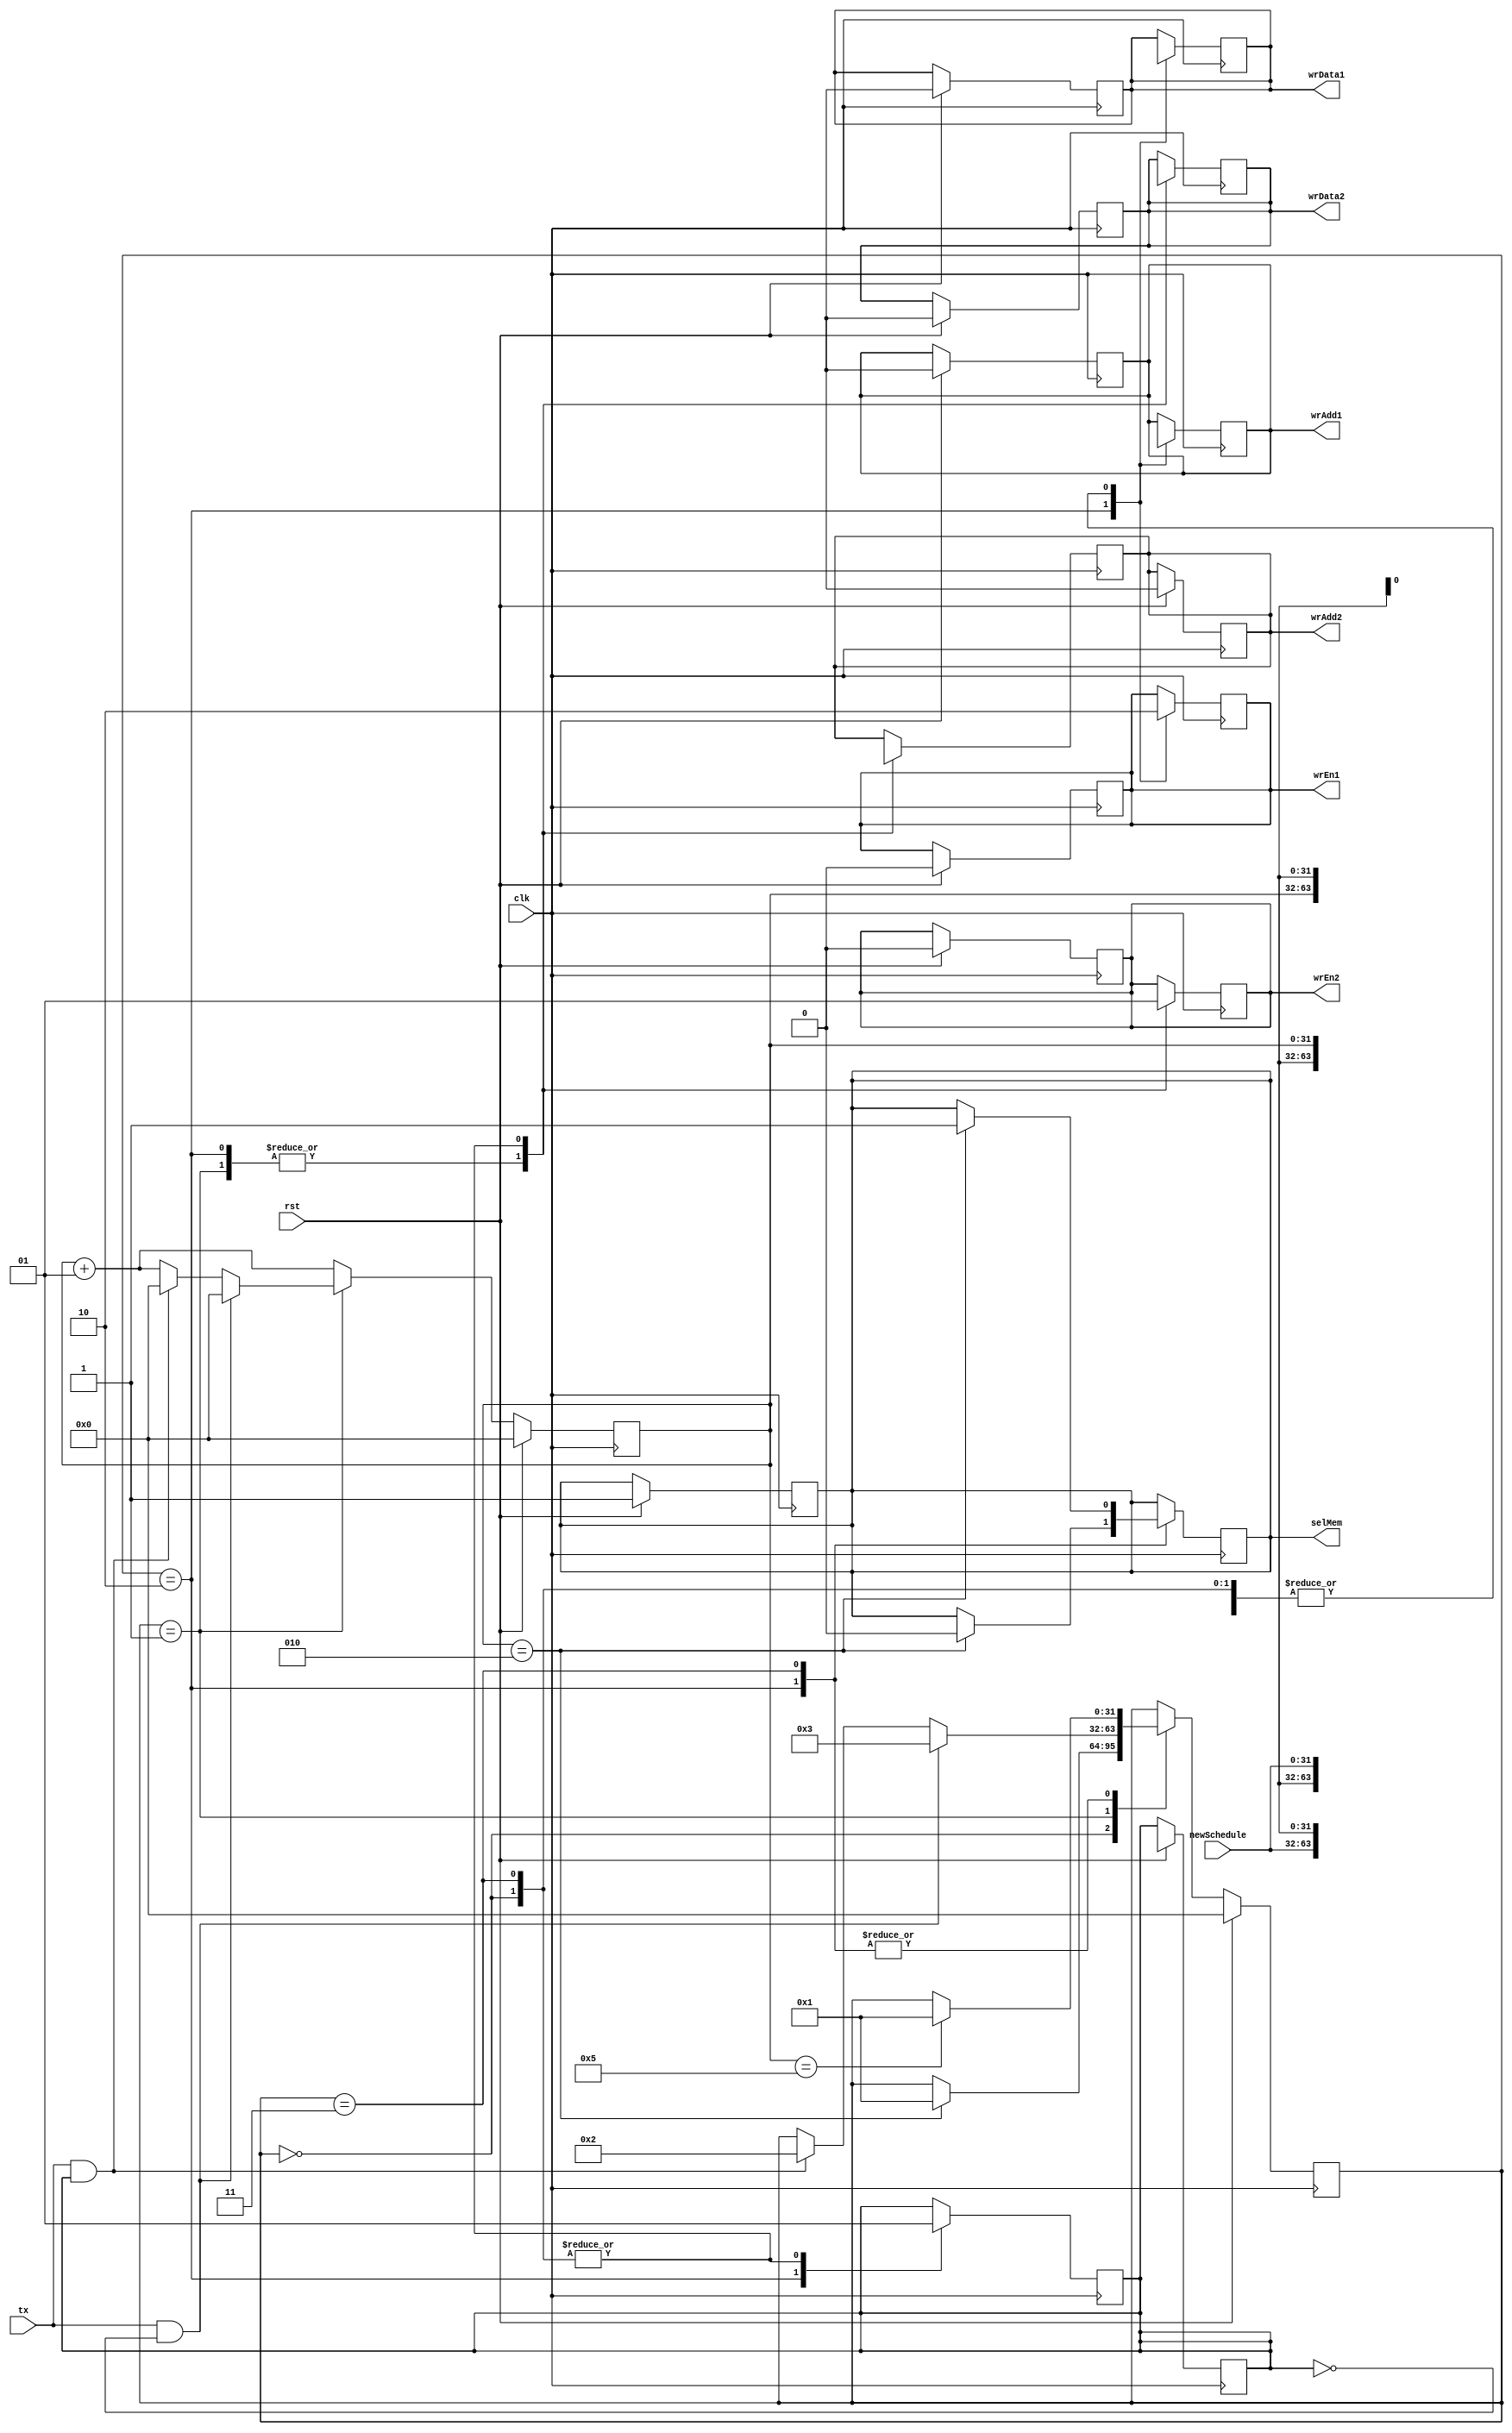
/*
  Name : Rakotojaona Nambinina
  email : Andrianoelisoa.rakotojaona@gmail.com
  Description : RMI code to write data in two BRAM 
*/
`timescale 1ns / 1ps

module RMI(
           clk,
           rst,
           tx, 
           newSchedule,
           // BRAM 1 
           wrEn1,
           wrAdd1,
           wrData1,
           // BRAM 2 
           wrEn2, 
           wrAdd2, 
           wrData2, 
           // sel Memory 
           selMem
           );
  
  // input port
  input clk; 
  input rst; 
  input tx; 
  input [31:0] newSchedule;
  // output port
  // BRAM1 
  output reg wrEn1;
  output reg [31:0] wrAdd1;
  output reg [31:0] wrData1;
  // BRAM2 
  output reg wrEn2; 
  output reg [31:0] wrAdd2;
  output reg [31:0] wrData2;
  // sel memory after 1 clock cycle 
  output reg selMem;
  
  integer counter; // used for address 
  integer state ; // state machine
  reg ramUsed;
  
  // state transition
  always @ (posedge clk)
    begin
      if (rst)
        begin
          counter <=0;
          ramUsed <=1'bx;
          state <=0;
          // memory BRAM1 
          wrEn1 <=0;
          wrAdd1 <=32'dx;
          wrData1 <= 32'dx;
          // memory BRAM2 
          wrEn2 <=0;       
          wrAdd2 <=32'dx;   
          wrData2 <= 32'dx;
          // select memory 
          selMem <=1; // used BRAM1
        end 
      else 
        begin
          counter <= counter + 1;
          case (state)
            0:
              begin
                if (counter ==2)
                  begin
                    state <= 1;
                  end 
              end
            1:
              begin
                if (tx == 1'b1 && ramUsed == 1'b1)
                  begin
                    state <= 2;
                    counter <=0;
                  end
                if (tx == 1'b1 && ramUsed == 1'b0)
                  begin
                    state <=3;
                    counter <=0;
                  end 
              end  
            2:
              begin
                if (counter == 5)
                  begin
                    state <= 1;
                  end 
              end 
            3:
              begin
                if (counter ==5)
                  begin
                    state <= 1;
                  end 
              end 
          endcase
        end 
    end 
  
   // assign value of each state  
   always @ (negedge clk)
     begin
       case (state)
         0:
           begin
             // memory BRAM1  
             wrEn1 <=0;       
             wrAdd1 <=32'dx;   
             wrData1 <= 32'dx;
             // memory BRAM2  
             wrEn2 <=1;       
             wrAdd2 <=counter;   
             wrData2 <= newSchedule;
             //ram used 
             ramUsed <=1;  
           end
         1:
           begin
             // counter  
             //counter <= 0;
             // memory BRAM1        
             wrEn1 <=0;             
             wrAdd1 <=32'dx;         
             wrData1 <= 32'dx;      
             // memory BRAM2        
             wrEn2 <=0;             
             wrAdd2 <=32'dx;      
             wrData2 <= 32'dx;
             //ram used             
             //ramUsed <=1;    
             //selection 
             //selMem <=0;       
           end
         2:
           begin
            // memory BRAM1        
             wrEn1 <=1;             
             wrAdd1 <=counter;         
             wrData1 <= newSchedule;      
             // memory BRAM2        
             wrEn2 <=0;             
             wrAdd2 <=32'dx;      
             wrData2 <= 32'dx;
             //ram used             
             ramUsed <=0;    
             //selection 
             if (counter == 2)
               begin
                 selMem <=0;
               end 
             //selMem <=0;    
           end
         3:
           begin
             // memory BRAM1          
              wrEn1 <=0;              
              wrAdd1 <=32'dx;       
              wrData1 <= 32'dx; 
              // memory BRAM2         
              wrEn2 <=1;              
              wrAdd2 <=counter;       
              wrData2 <= newSchedule; 
              //ram used              
              ramUsed <=1;            
              //selection             
              if (counter == 2)       
                begin                 
                  selMem <=1;         
                end                   
            //selMem <=0;           
           end    
       endcase
     end           

endmodule